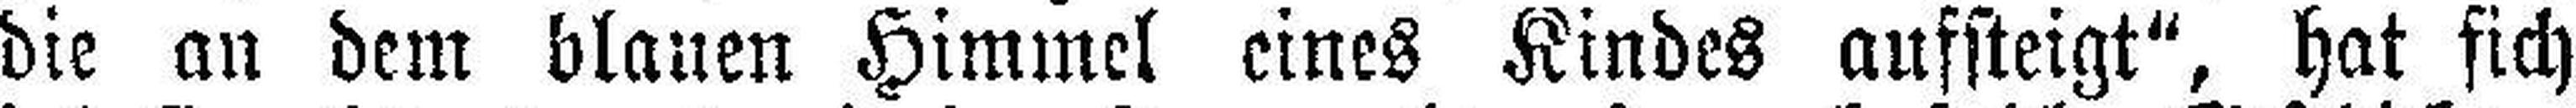
die an dem blauen Himmel eines Kindes aufsteigt“, hat sich